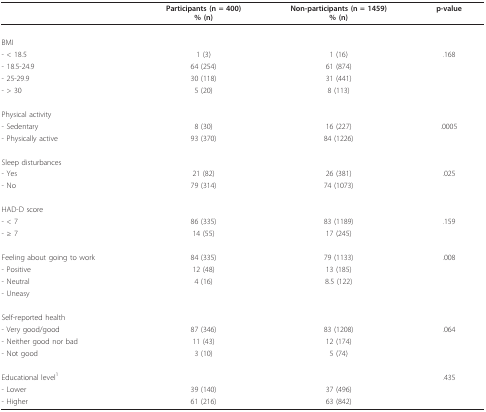
<table><thead><tr><td></td><td><b>Participants (n = 400)% (n)</b></td><td><b>Non-participants (n = 1459)% (n)</b></td><td><b>p-value</b></td></tr></thead><tbody><tr><td>BMI</td><td></td><td></td><td></td></tr><tr><td>- &lt; 18.5</td><td>1 (3)</td><td>1 (16)</td><td>.168</td></tr><tr><td>- 18.5-24.9</td><td>64 (254)</td><td>61 (874)</td><td></td></tr><tr><td>- 25-29.9</td><td>30 (118)</td><td>31 (441)</td><td></td></tr><tr><td>- &gt; 30</td><td>5 (20)</td><td>8 (113)</td><td></td></tr><tr><td>Physical activity</td><td></td><td></td><td></td></tr><tr><td>- Sedentary</td><td>8 (30)</td><td>16 (227)</td><td>.0005</td></tr><tr><td>- Physically active</td><td>93 (370)</td><td>84 (1226)</td><td></td></tr><tr><td>Sleep disturbances</td><td></td><td></td><td></td></tr><tr><td>- Yes</td><td>21 (82)</td><td>26 (381)</td><td>.025</td></tr><tr><td>- No</td><td>79 (314)</td><td>74 (1073)</td><td></td></tr><tr><td>HAD-D score</td><td></td><td></td><td></td></tr><tr><td>- &lt; 7</td><td>86 (335)</td><td>83 (1189)</td><td>.159</td></tr><tr><td>- ≥ 7</td><td>14 (55)</td><td>17 (245)</td><td></td></tr><tr><td>Feeling about going to work</td><td>84 (335)</td><td>79 (1133)</td><td>.008</td></tr><tr><td>- Positive</td><td>12 (48)</td><td>13 (185)</td><td></td></tr><tr><td>- Neutral</td><td>4 (16)</td><td>8.5 (122)</td><td></td></tr><tr><td>- Uneasy</td><td></td><td></td><td></td></tr><tr><td>Self-reported health</td><td></td><td></td><td></td></tr><tr><td>- Very good/good</td><td>87 (346)</td><td>83 (1208)</td><td>.064</td></tr><tr><td>- Neither good nor bad</td><td>11 (43)</td><td>12 (174)</td><td></td></tr><tr><td>- Not good</td><td>3 (10)</td><td>5 (74)</td><td></td></tr><tr><td>Educational level<sup>1</sup></td><td></td><td></td><td>.435</td></tr><tr><td>- Lower</td><td>39 (140)</td><td>37 (496)</td><td></td></tr><tr><td>- Higher</td><td>61 (216)</td><td>63 (842)</td><td></td></tr></tbody></table>